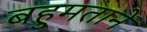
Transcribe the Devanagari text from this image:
बहुमतानें